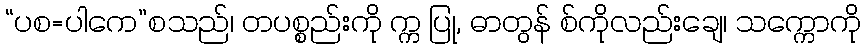
“ပစ=ပါကေ”စသည်၊ တပစ္စည်းကို က္က ပြု, ဓာတွန် စ်ကိုလည်းချေ၊ သက္ကောကို